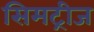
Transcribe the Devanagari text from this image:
सिमट्रीज